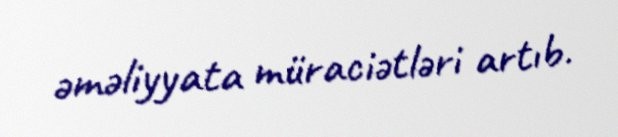
əməliyyata müraciətləri artıb.